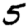
Digit: 5